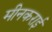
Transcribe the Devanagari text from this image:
मीनकराई